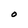
Character: O